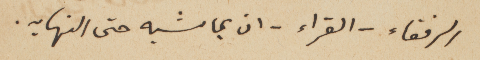
الرفقاء – القراء – ان يماشيه حتى النهايه.